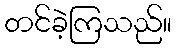
တင်ခဲ့ကြသည်။